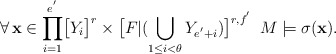
\begin{align*}\forall\,\mathbf{x}\in\displaystyle{\prod_{i=1}^{e^{'}}}\big{[}Y_{i}\big{]}^{r}\times\big{[}F|(\bigcup_{1\leq i<\theta}Y_{e^{'}+i})\big{]}^{r,f^{'}}\,\,\, M\models\sigma(\mathbf{x}).\end{align*}